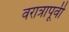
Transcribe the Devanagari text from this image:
वरात्रापूर्वी